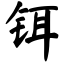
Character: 铒